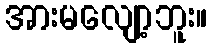
အားမလျော့ဘူး။